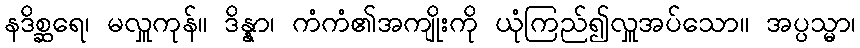
နဒိစ္ဆရေ၊ မလှူကုန်။ ဒိန္နာ၊ ကံကံ၏အကျိုးကို ယုံကြည်၍လှူအပ်သော။ အပ္ပသ္မာ၊